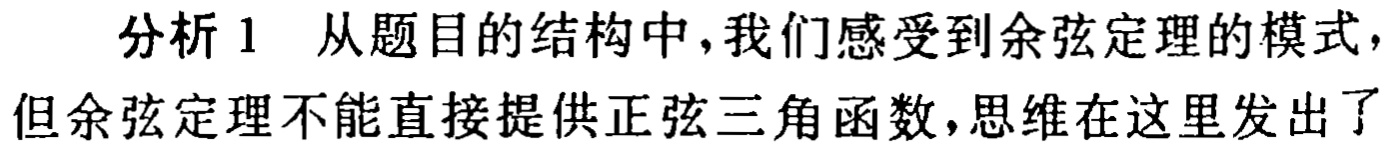
分析1 从题目的结构中，我们感受到余弦定理的模式，但余弦定理不能直接提供正弦三角函数，思维在这里发出了